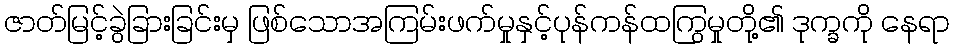
ဇာတ်မြင့်ခွဲခြားခြင်းမှ ဖြစ်သောအကြမ်းဖက်မှုနှင့်ပုန်ကန်ထကြွမှုတို့၏ ဒုက္ခကို နေရာ